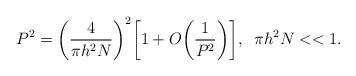
LaTeX: \begin{align*}P^2=\bigg(\frac{4}{\pi h^2N}\bigg)^2\bigg[1+O\bigg(\frac{1}{P^2}\bigg)\bigg], \;\; \pi h^2N<<1.\end{align*}